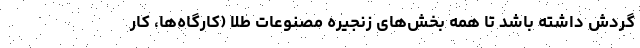
گردش داشته باشد تا همه بخش‌های زنجیره مصنوعات طلا (کارگاه‌ها، کار